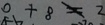
0 + 8 \neq 2